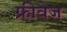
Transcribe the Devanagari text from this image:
फ्रीवेज